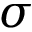
\sigma